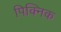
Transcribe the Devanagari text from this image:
पिक्निक